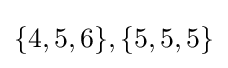
\{4,5,6\},\{5,5,5\}